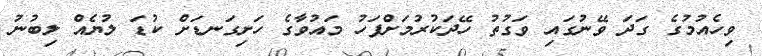
ވިހެއުމުގެ ގަދަ ވޭނުގައި ވަގުތު ހޭދަކުރުމަށްފަހު މައުވާގެ ހަށިގަނޑަށް ކުޑަ ލުޔެއް ލިބުނު